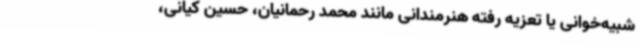
شبیه‌خوانی یا تعزیه رفته هنرمندانی مانند محمد رحمانیان، حسین کیانی،